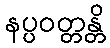
နပ္ပဝတ္တန္တိ